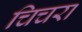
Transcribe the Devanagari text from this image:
चिचरा